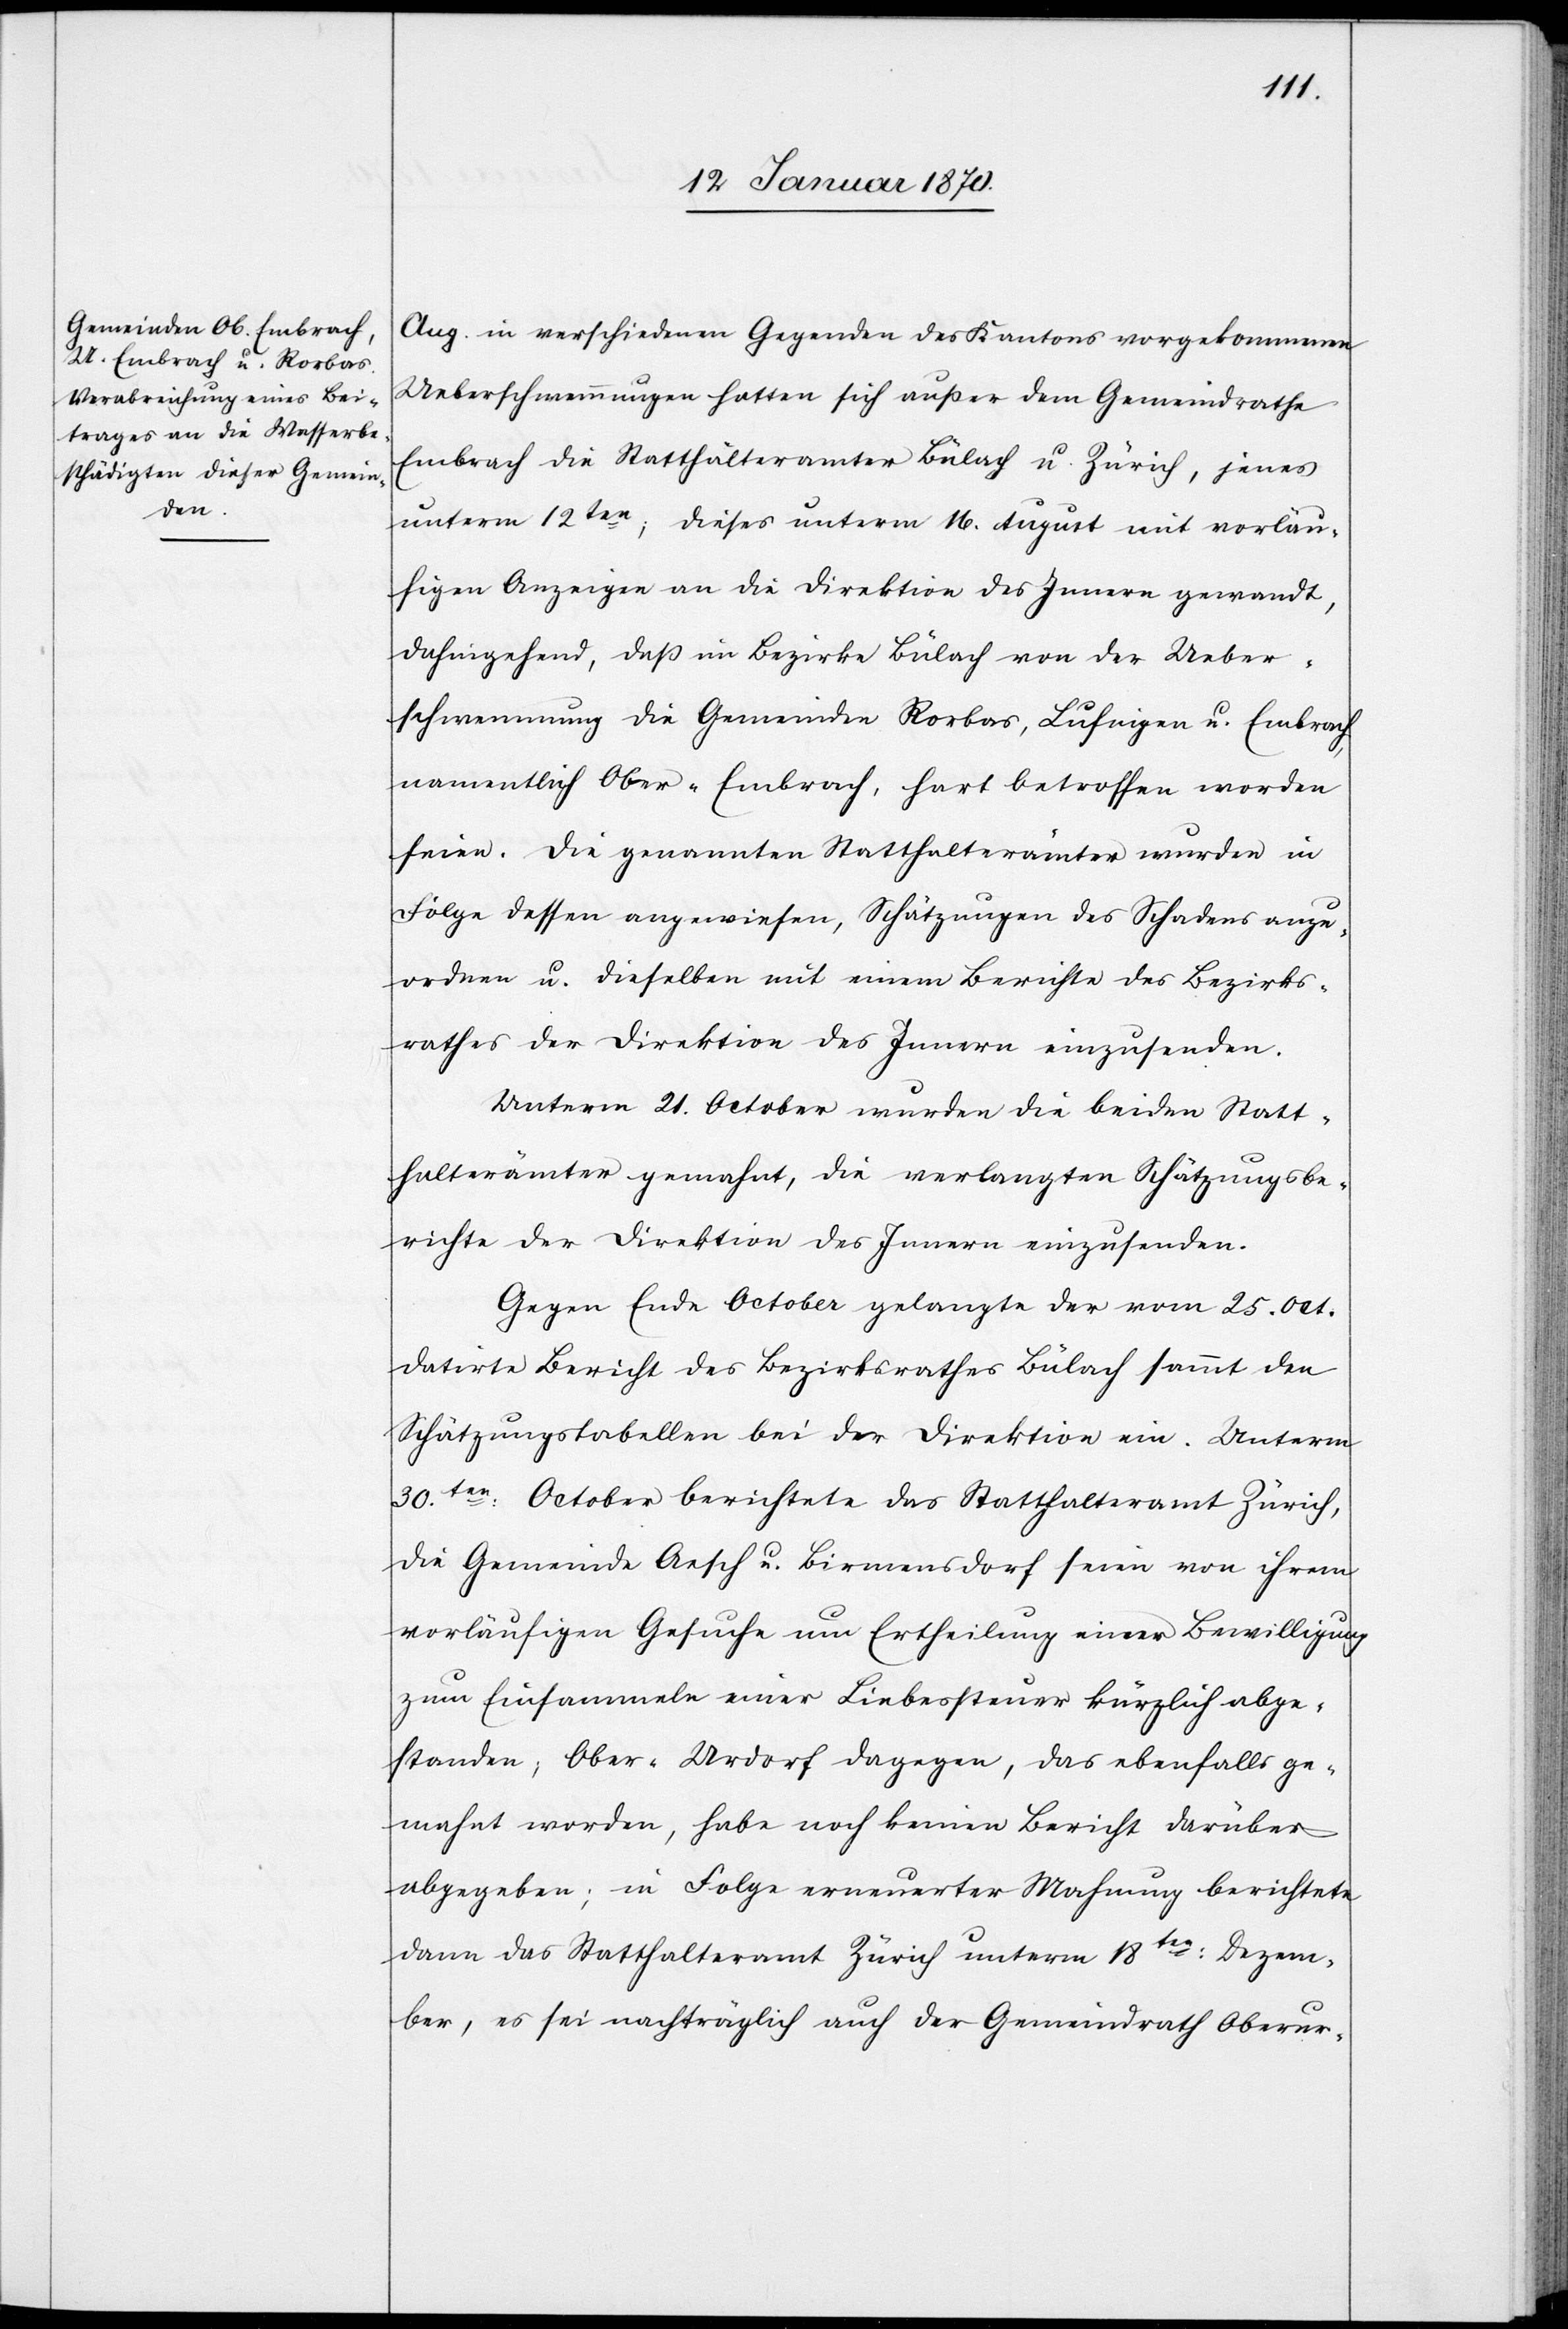
Aug. in verschiedenen Gegenden des Kantons vorgekommenen
Ueberschwemmungen hatten sich außer dem Gemeindrathe
Embrach die Statthälteramter [sic!] Bülach u. Zürich, jenes
unterm 12ten; dieses unterm 16. August mit vorläu¬
figen Anzeigen an die Direktion des Innern gewandt,
dahingehend, daß im Bezirke Bülach von der Ueber¬
schwemmung die Gemeinden Rorbas, Lufingen u. Embrach,
namentlich Ober-Embrach, hart betroffen worden
seien. Die genannten Statthalterämter wurden in
Folge dessen angewiesen, Schätzungen des Schadens anzu¬
ordnen u. dieselben mit einem Berichte des Bezirks¬
rathes der Direktion des Innern einzusenden.
Unterm 21. October wurden die beiden Statt¬
halterämter gemahnt, die verlangten Schätzungsbe¬
richte der Direktion des Innern einzusenden.
Gegen Ende October gelangte der vom 25. Oct.
datirte Bericht des Bezirksrathes Bülach sammt den
Schätzungstabellen bei der Direktion ein. Unterm
30ten: October berichtete das Statthalteramt Zürich,
die Gemeinde Aesch u. Birmensdorf seien von ihrem
vorläufigen Gesuche um Ertheilung einer Bewilligung
zum Einsammeln einer Liebessteuer kürzlich abge¬
standen; Ober-Urdorf dagegen, das ebenfalls ge¬
mahnt worden, habe noch keinen Bericht darüber
abgegeben; in Folge erneuerter Mahnung berichtete
dann das Statthalteramt Zürich unterm 18ten: Dezem¬
ber, es sei nachträglich auch der Gemeindrath Oberur-